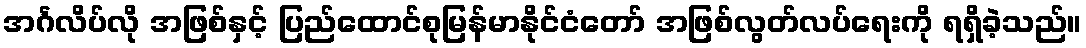
အင်္ဂလိပ်လို အဖြစ်နှင့် ပြည်ထောင်စုမြန်မာနိုင်ငံတော် အဖြစ်လွတ်လပ်ရေးကို ရရှိခဲ့သည်။